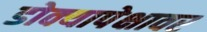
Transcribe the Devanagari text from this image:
डोक्यापेक्षावर